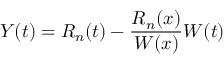
Y ( t ) = R _ { n } ( t ) - { \frac { R _ { n } ( x ) } { W ( x ) } } W ( t )